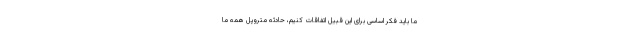
ما باید فکر اساسی برای این قبیل اتفاقات کنیم، حادثه متروپل همه ما